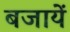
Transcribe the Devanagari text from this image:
बजायें